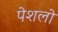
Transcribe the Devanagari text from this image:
पेशलो